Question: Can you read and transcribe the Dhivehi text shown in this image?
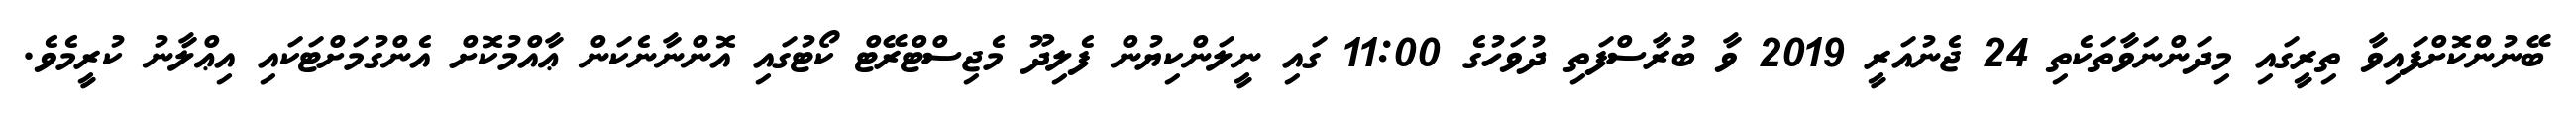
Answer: ބޭނުންކޮށްފައިވާ ތިރީގައި މިދަންނަވާތަކެތި 24 ޖެނުއަރީ 2019 ވާ ބުރާސްފަތި ދުވަހުގެ 11:00 ގައި ނީލަންކިޔުން ފެލިދޫ މެޖިސްޓްރޭޓް ކޯޓުގައި އޮންނާނެކަން ޢާއްމުކޮށް އެންގުމަށްޓަކައި އިޢްލާނު ކުރީމެވެ.